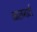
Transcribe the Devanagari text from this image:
ळालमाटी